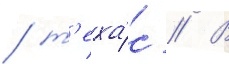
/ т'еха́с // В